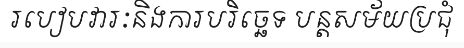
របៀបវារៈនិងការបរិច្ឆេទ បន្តសម័យប្រជុំ